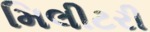
મિલીટરી